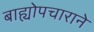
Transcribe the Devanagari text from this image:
बाह्योपचाराने